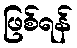
ဖြစ်ရန်